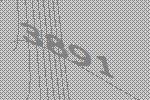
3891